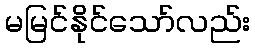
မမြင်နိုင်သော်လည်း